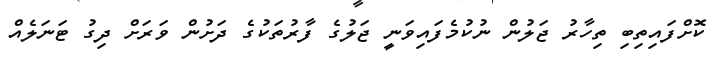
ކޮށްފައިތިބި ތިހާރު ޖަލުން ނުކުމެފައިވަނީ ޖަލުގެ ފާރުތަކުގެ ދަށުން ވަރަށް ދިގު ޓަނަލެއް